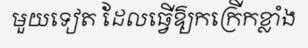
មួយទៀត ដែលធ្វើឱ្យកក្រើកខ្លាំង